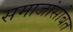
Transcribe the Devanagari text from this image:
समाजांसोबत